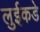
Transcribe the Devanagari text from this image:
लुईकडे